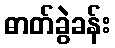
ဓာတ်ခွဲခန်း